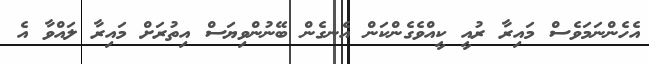
އެހެންނަމަވެސް މައިރާ ރުއީ ކީއްވެގެންކަން އެނގެން ބޭނުންވިޔަސް އިތުރަށް މައިރާ ލައްވާ އެ